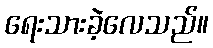
ရေးသားခဲ့လေသည်။